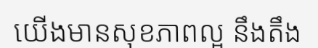
យើងមានសុខភាពល្អ នឹងតឹង